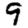
Digit: 9